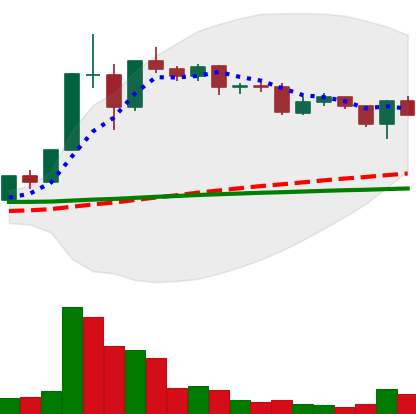
Ticker: XLM-USD
Chart end date: 2020-12-10
Forward return: 3.386%
Label: up_3_5